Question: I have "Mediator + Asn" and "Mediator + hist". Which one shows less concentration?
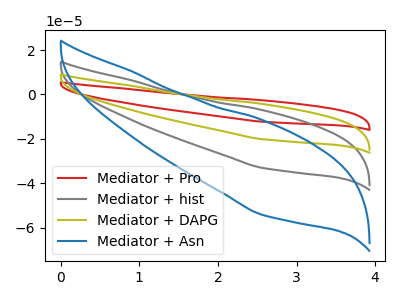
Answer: <think>The red curve "Mediator + Pro" has no peaks. The gray curve "Mediator + hist" has no peaks. The olive curve "Mediator + DAPG" has no peaks. The blue curve "Mediator + Asn" has no peaks.
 Neither "Mediator + Asn" or "Mediator + hist" have any peaks.</think>
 <answer>I cant tell if "Mediator + Asn" or "Mediator + hist" has higher concentration.</answer>
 <eval>mixed_concentration</eval>